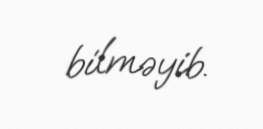
bilməyib.